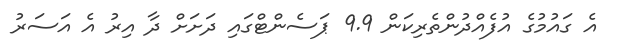
އެ ގައުމުގެ އުފެއްދުންތެރިކަން 9.9 ޕަސެންޓްގައި ދަށަށް ދާ އިރު އެ އަސަރު